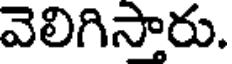
వెలిగిస్తారు.